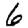
Digit: 6